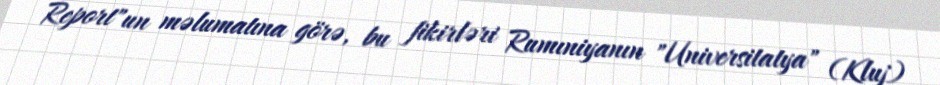
Report"un məlumatına görə, bu fikirləri Rumıniyanın "Universitatya" (Kluj)